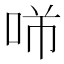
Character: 𱒡